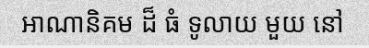
អាណានិគម ដ៏ ធំ ទូលាយ មួយ នៅ